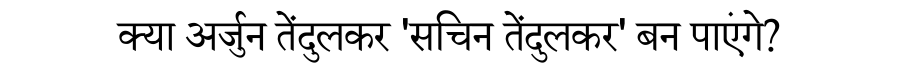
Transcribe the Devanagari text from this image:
क्या अर्जुन तेंदुलकर 'सचिन तेंदुलकर' बन पाएंगे?